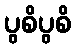
ပွစိပွစိ